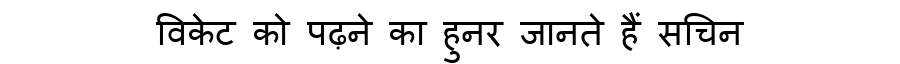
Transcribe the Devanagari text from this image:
विकेट को पढ़ने का हुनर जानते हैं सचिन